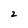
Character: 2